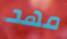
مهد